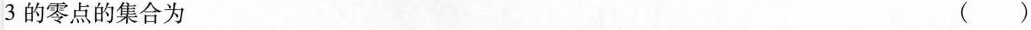
3$$ 的零点的集合为 ( )